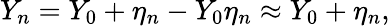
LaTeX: Y_{n}=Y_{0}+\eta_{n}-Y_{0}\eta_{n}\approx Y_{0}+\eta_{n},